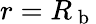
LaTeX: r=R_{\mathrm{~b~}}